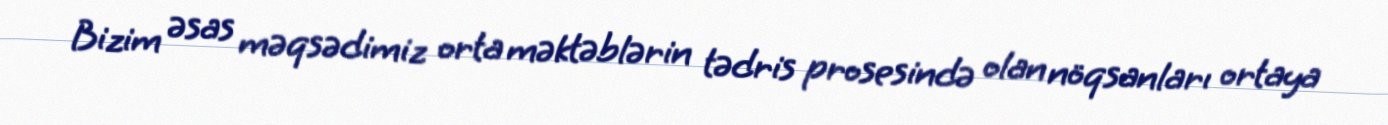
Bizim əsas məqsədimiz orta məktəblərin tədris prosesində olan nöqsanları ortaya